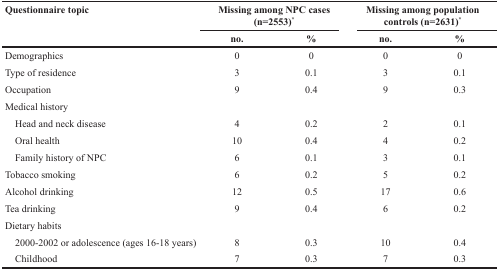
<table><thead><tr><td rowspan="2"><b>Questionnaire topic</b></td><td colspan="2"><b>Missing among NPC cases (n=2553)<sup>*</sup></b></td><td colspan="2"><b>Missing among population controls (n=2631)<sup>*</sup></b></td></tr><tr><td><b>no.</b></td><td><b>%</b></td><td><b>no.</b></td><td><b>%</b></td></tr></thead><tbody><tr><td>Demographics</td><td>0</td><td>0</td><td>0</td><td>0</td></tr><tr><td>Type of residence</td><td>3</td><td>0.1</td><td>3</td><td>0.1</td></tr><tr><td>Occupation</td><td>9</td><td>0.4</td><td>9</td><td>0.3</td></tr><tr><td>Medical history</td><td></td><td></td><td></td><td></td></tr><tr><td> Head and neck disease</td><td>4</td><td>0.2</td><td>2</td><td>0.1</td></tr><tr><td> Oral health</td><td>10</td><td>0.4</td><td>4</td><td>0.2</td></tr><tr><td> Family history of NPC</td><td>6</td><td>0.1</td><td>3</td><td>0.1</td></tr><tr><td>Tobacco smoking</td><td>6</td><td>0.2</td><td>5</td><td>0.2</td></tr><tr><td>Alcohol drinking</td><td>12</td><td>0.5</td><td>17</td><td>0.6</td></tr><tr><td>Tea drinking</td><td>9</td><td>0.4</td><td>6</td><td>0.2</td></tr><tr><td>Dietary habits</td><td></td><td></td><td></td><td></td></tr><tr><td> 2000-2002 or adolescence (ages 16-18 years)</td><td>8</td><td>0.3</td><td>10</td><td>0.4</td></tr><tr><td> Childhood</td><td>7</td><td>0.3</td><td>7</td><td>0.3</td></tr></tbody></table>